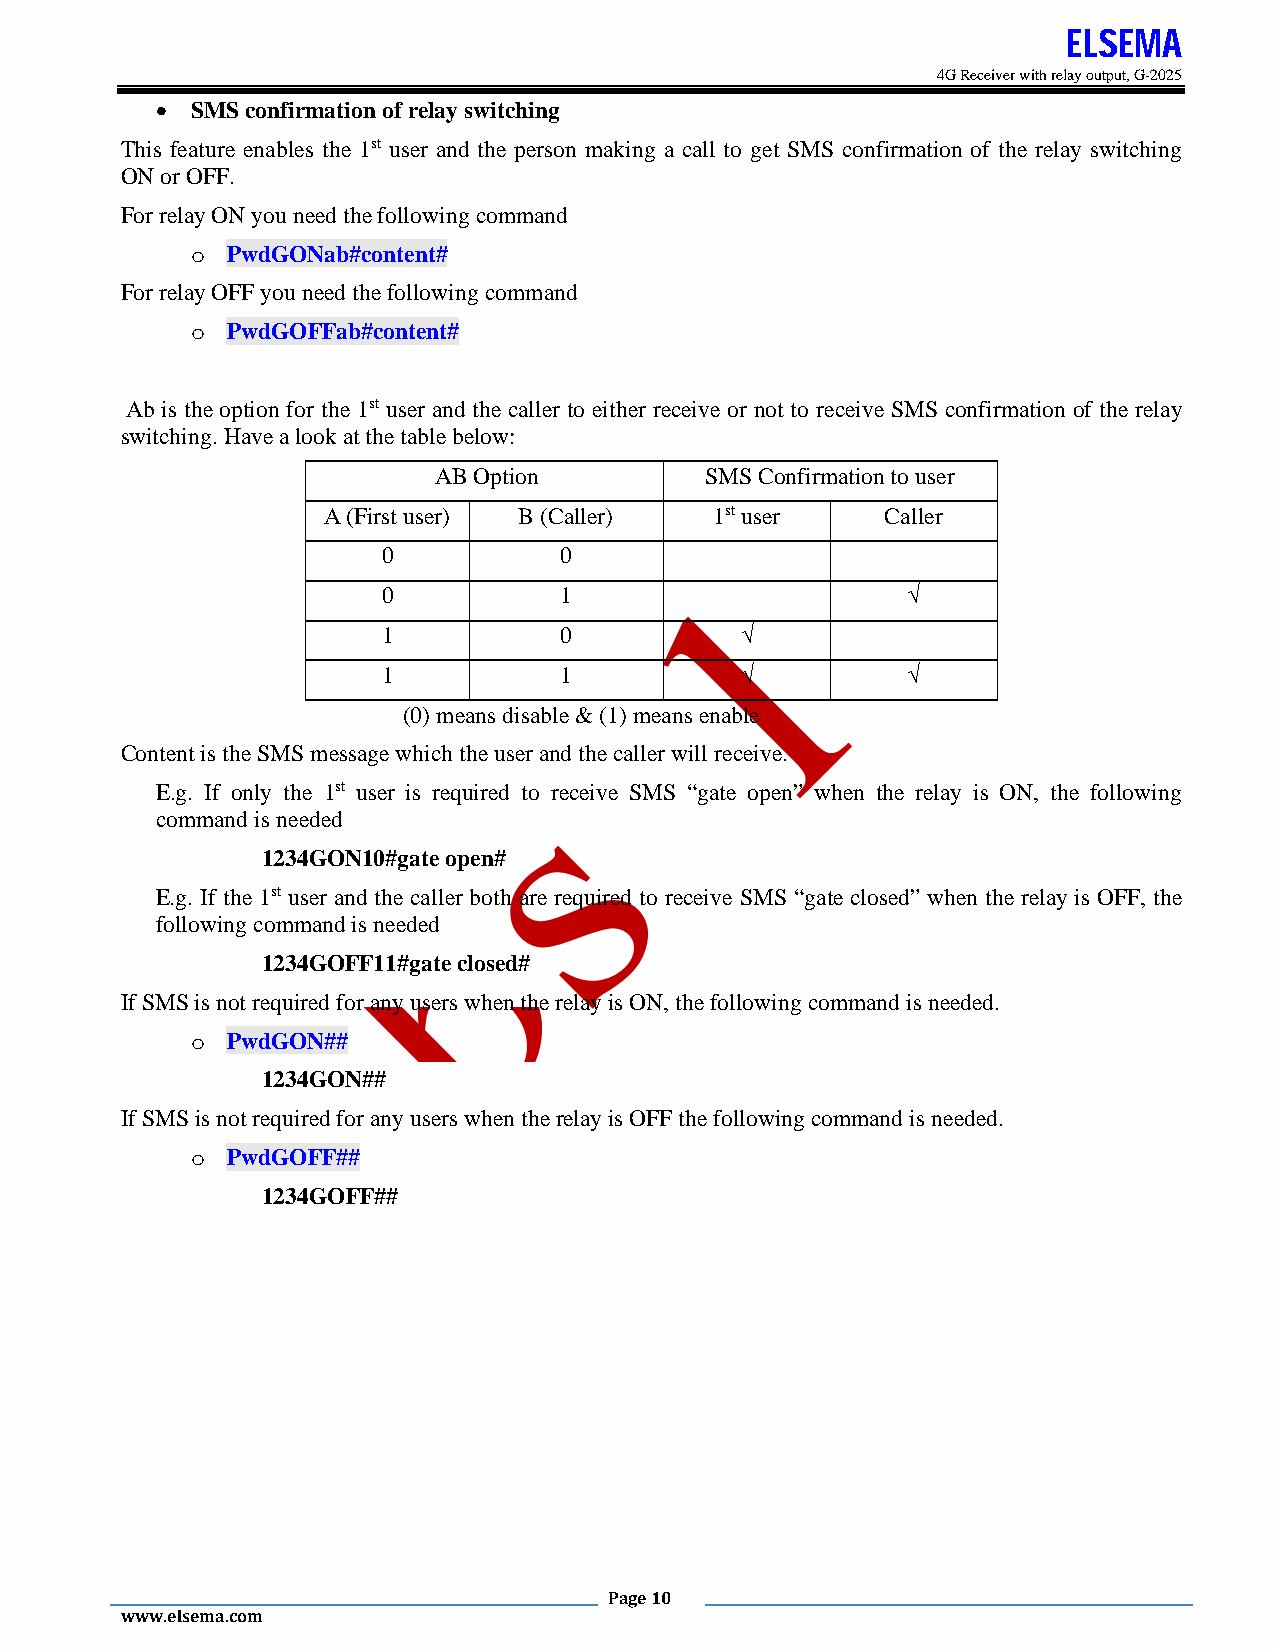
ELSEMA
 4G Receiver with relay output, G-2025
   SMS confirmation of relay switching
 This feature enables the 1st user and the person making a call to get SMS confirmation of the relay switching
 ON or OFF.
 For relay ON you need the following command
 o PwdGONab#content#
 For relay OFF you need the following command
 o PwdGOFFab#content#
 Ab is the option for the 1st user and the caller to either receive or not to receive SMS confirmation of the relay
 switching. Have a look at the table below:
 AB Option         SMS Confirmation to user
 A (First user) B (Caller) 1st user    Caller
 0           0
 0           1                      √
 1           0           √
 1           1           √          √
 (0) means disable & (1) means enable
 Content is the SMS message which the user and the caller will receive.
 E.g. If only the 1st user is required to receive SMS “gate open” when the relay is ON, the following
 command is needed
 1234GON10#gate open#
 E.g. If the 1st user and the caller both are required to receive SMS “gate closed” when the relay is OFF, the
 following command is needed
 1234GOFF11#gate closed#
 If SMS is not required for any users when the relay is ON, the following command is needed.
 o PwdGON##
 1234GON##
 If SMS is not required for any users when the relay is OFF the following command is needed.
 o PwdGOFF##
 1234GOFF##
 Page 10
 www.elsema.com